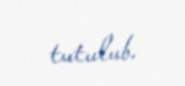
tutulub.